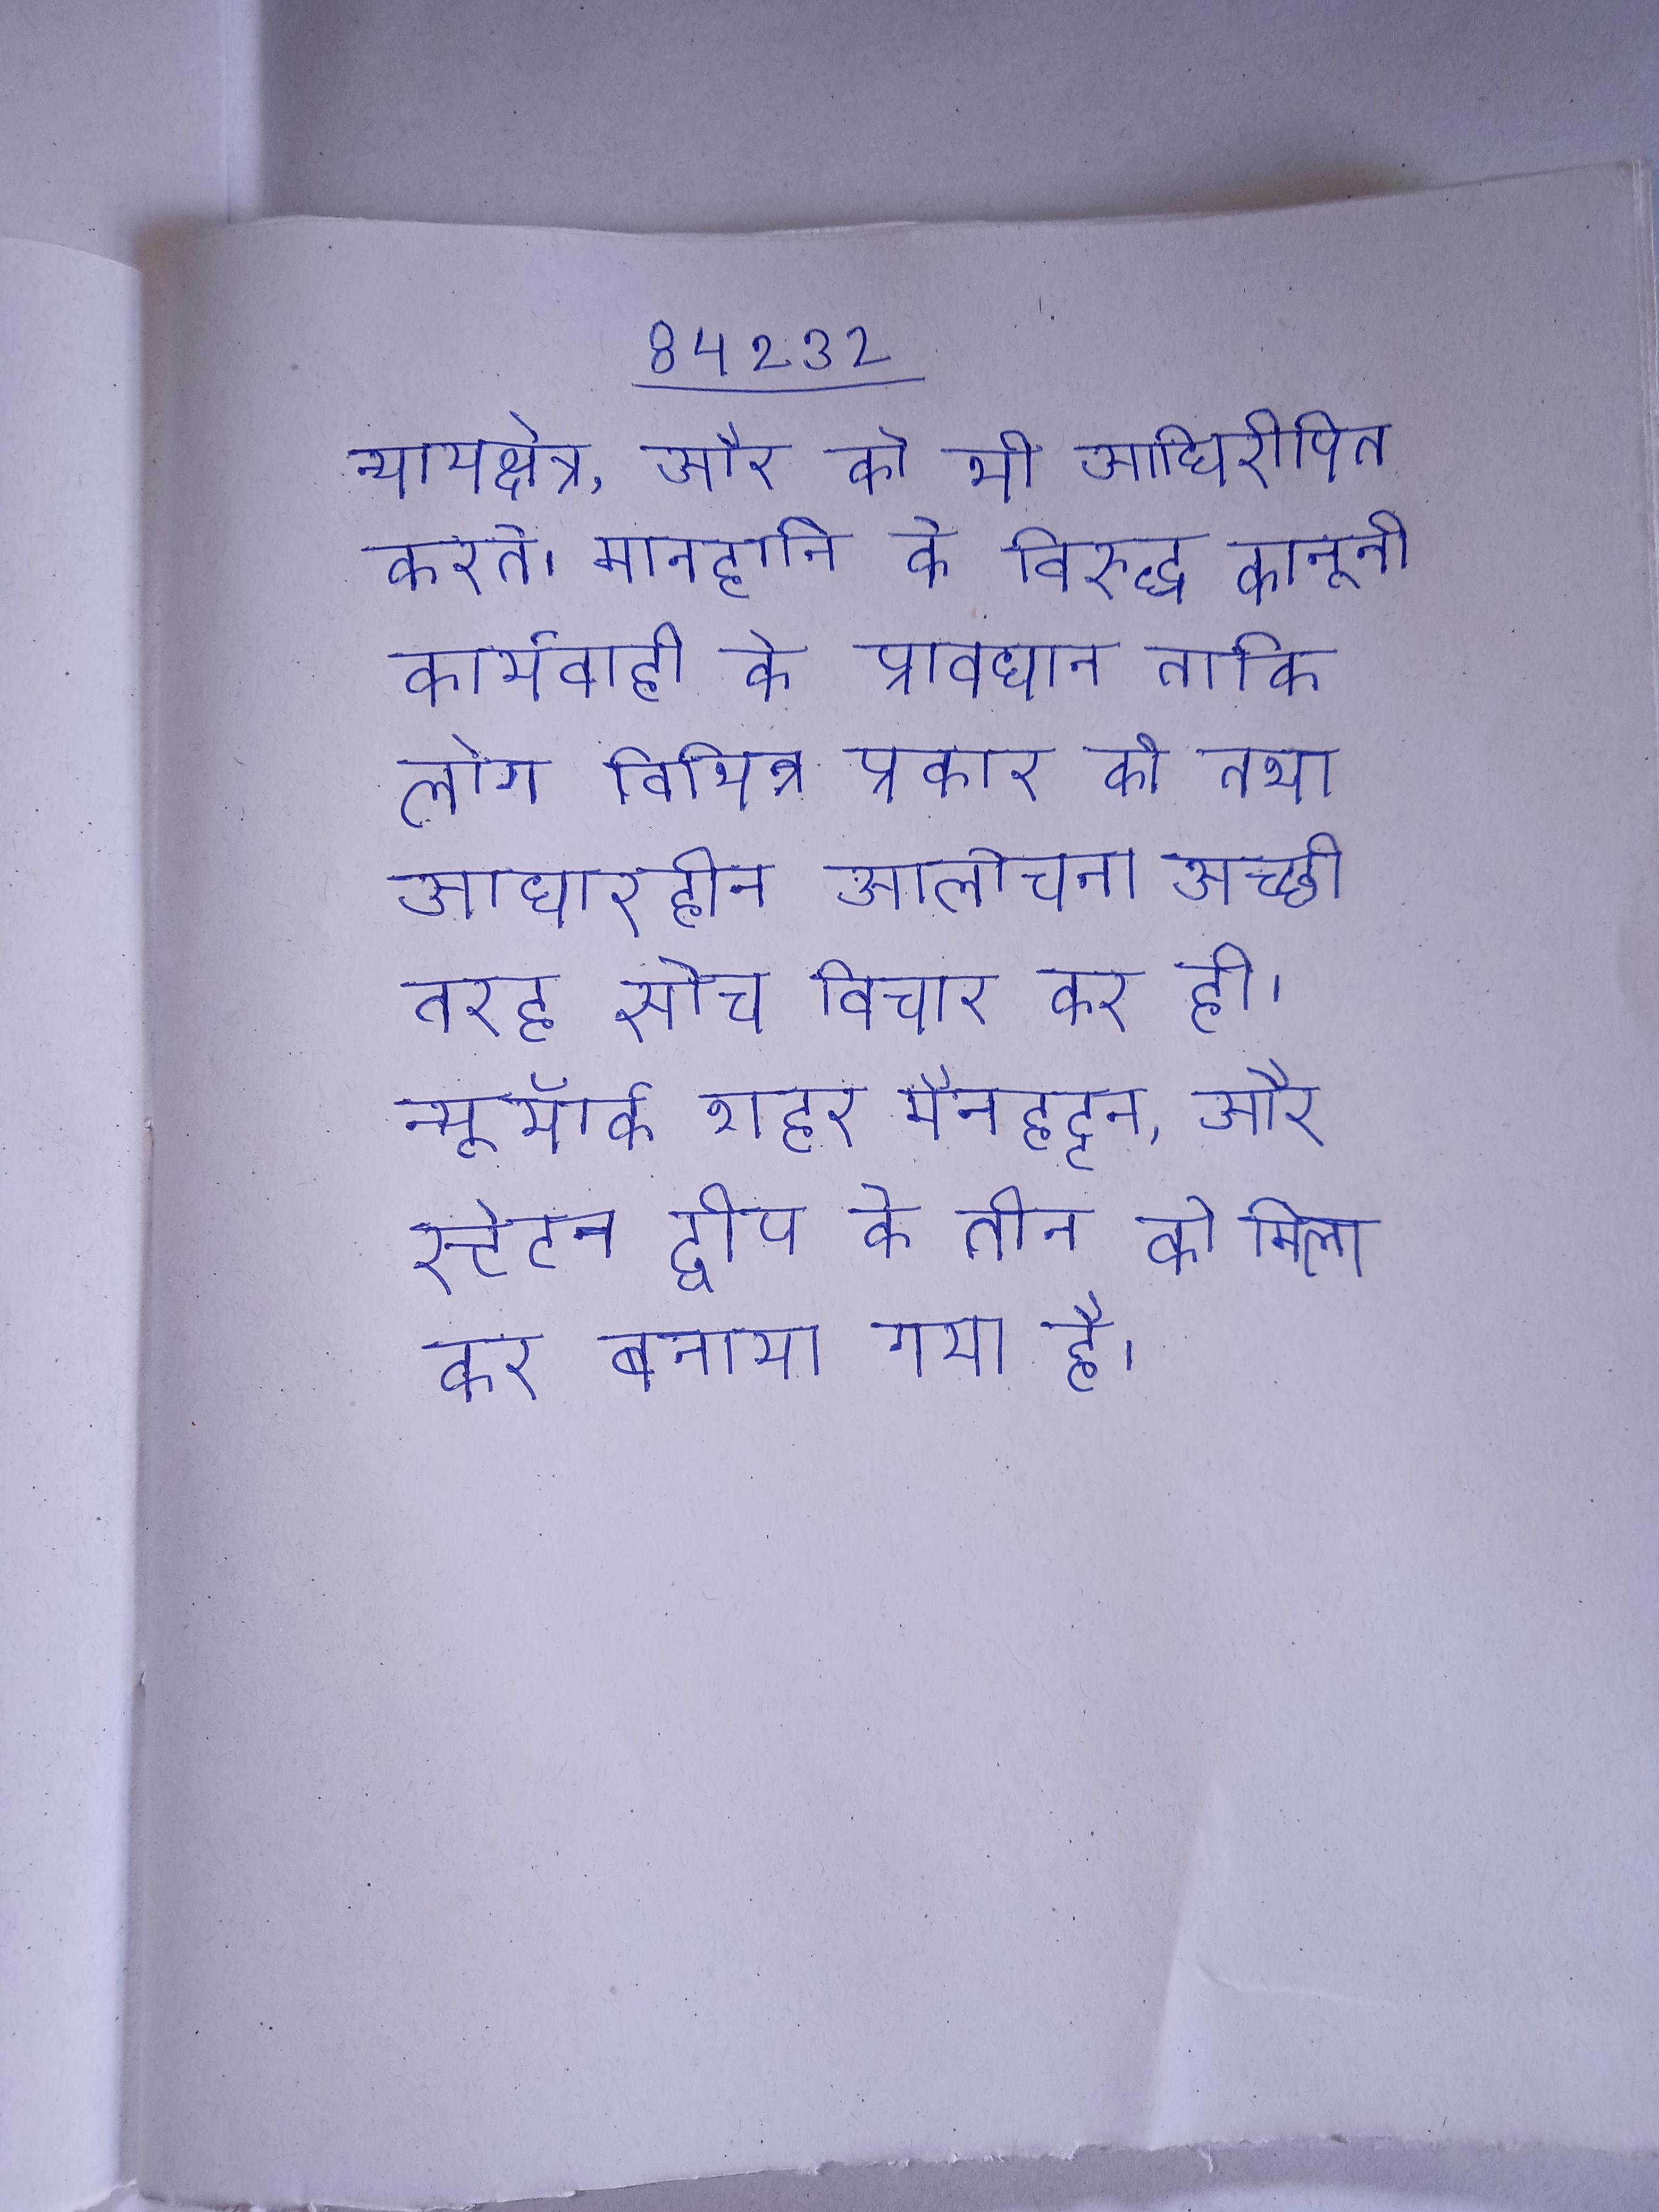
न्यायक्षेत्र, और को भी अधिरोपित करते । मानहानि के विरुद्ध कानूनी कार्यवाही के प्रावधान ताकि लोग विभिन्न प्रकार की तथा आधारहीन आलोचना अच्छी तरह सोच विचार कर ही । न्यूयॉर्क शहर मैनहट्टन, और स्टेटन द्वीप के तीन को मिला कर बनाया गया है ।